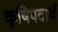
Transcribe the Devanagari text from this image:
कृषिपदार्थ